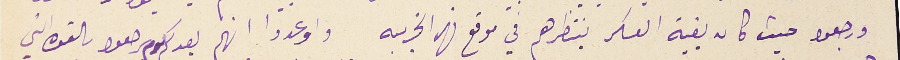
ورجعوا حيث كان بقية العسكر ينتظرهم في موقع نهر الخريبه واوعدوا انهم بعد كم يوم يرجعوا بالقوة التي